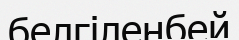
белгіленбей